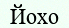
Йохо